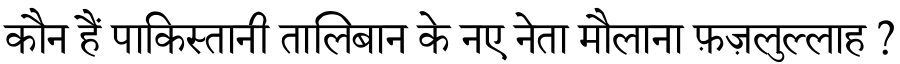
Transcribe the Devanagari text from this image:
कौन हैं पाकिस्तानी तालिबान के नए नेता मौलाना फ़ज़लुल्लाह ?